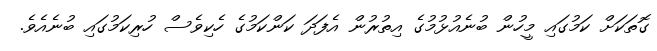
ގޮތަކަށް ކަމުގައި މީހުން ބުނެއުޅުމުގެ އިތުރުން އެފަދަ ކަންކަމުގެ ހެކިވެސް ހުރިކަމުގައި ބުނެއެވެ.